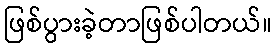
ဖြစ်ပွားခဲ့တာဖြစ်ပါတယ်။